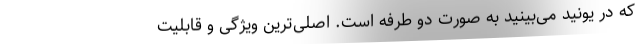
که در یونید می‌بینید به صورت دو طرفه است. اصلی‌ترین ویژگی و قابلیت